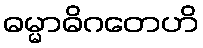
ဓမ္မာဓိဂတေဟိ